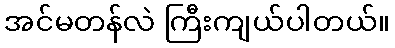
အင်မတန်လဲ ကြီးကျယ်ပါတယ်။